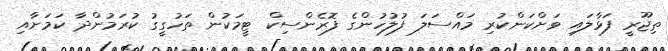
ތިޖޫރީ ފަޅާލައި ވަށްކަންކުރި މައްސަލަ ފުލުހުންގެ ފޮރެންސިކް ޓީމަކުން ތަހުގީގު ކުރަމުންދާ ކަމަށާއި